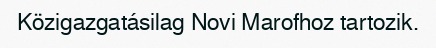
Közigazgatásilag Novi Marofhoz tartozik.